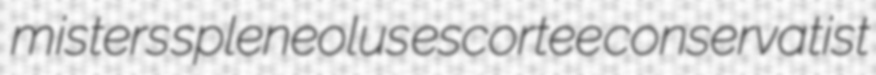
misters spleneolus escortee conservatist